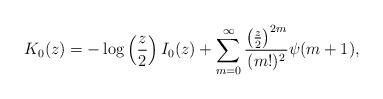
LaTeX: \begin{align*}K_{0}(z)=-\log\left(\frac{z}{2}\right)I_{0}(z)+\sum_{m=0}^{\infty}\frac{\left(\frac{z}{2}\right)^{2m}}{(m!)^{2}}\psi(m+1),\end{align*}